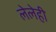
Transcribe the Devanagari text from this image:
लेलेही